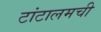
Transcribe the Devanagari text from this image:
टांटालमची